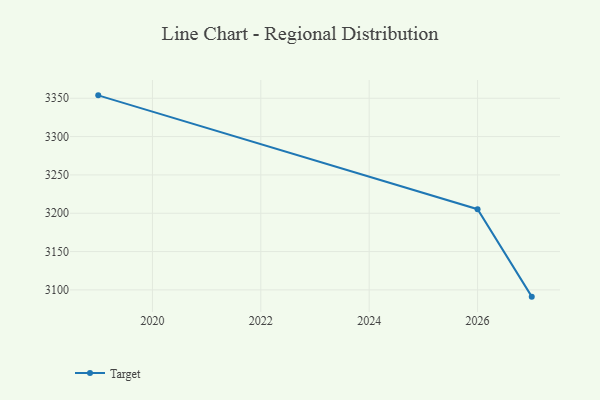
{"axis": {"x": "Year", "y": "Tickets Resolved"}, "legend": ["Target"], "data": [{"x": "2019", "y": 3353.8, "type": "Target"}, {"x": "2026", "y": 3205.3, "type": "Target"}, {"x": "2027", "y": 3091.2, "type": "Target"}]}